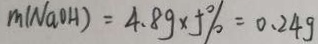
m ( N a O H ) = 4 . 8 g \times 5 \% = 0 . 2 4 g